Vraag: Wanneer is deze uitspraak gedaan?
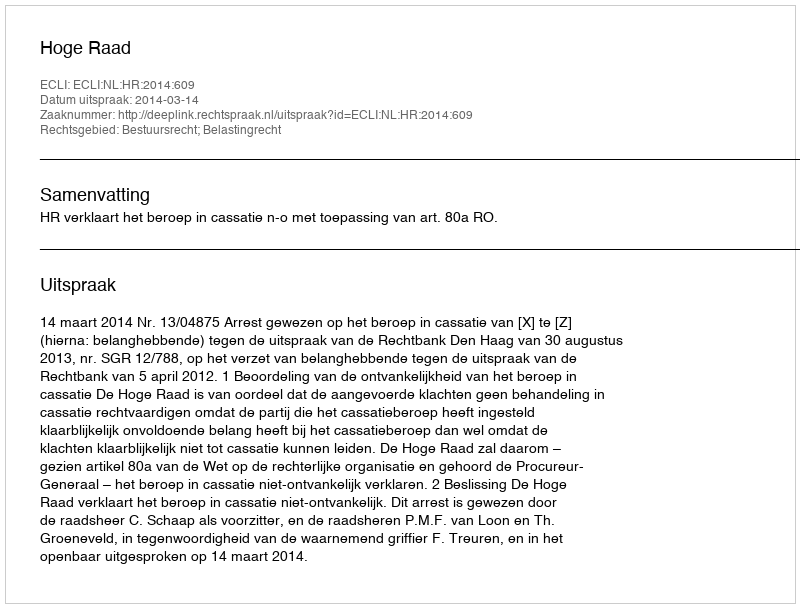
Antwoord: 2014-03-14